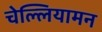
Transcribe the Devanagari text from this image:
चेल्लियामन